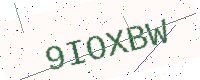
Text: 9IOXBW